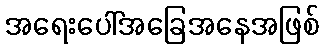
အရေးပေါ်အခြေအနေအဖြစ်